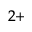
^ { 2 + }